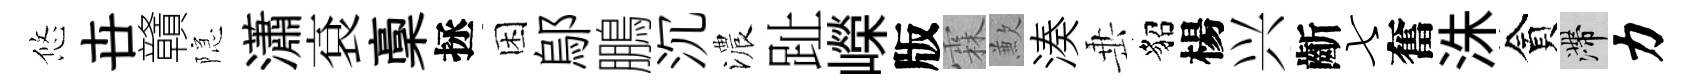
悠卋贛隠瀟袞稾拯困鄔鵬沉濃趾嶸版霖歉湊𡸁貂楊兴齗七奮洙貪滯力